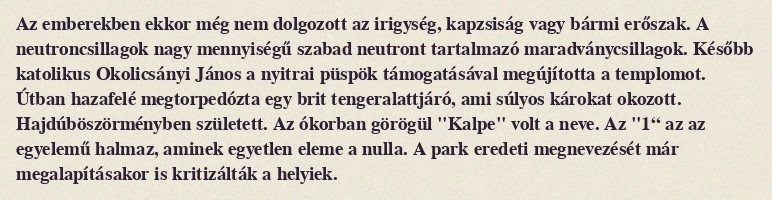
Az emberekben ekkor még nem dolgozott az irigység, kapzsiság vagy bármi erőszak. A neutroncsillagok nagy mennyiségű szabad neutront tartalmazó maradványcsillagok. Később katolikus Okolicsányi János a nyitrai püspök támogatásával megújította a templomot. Útban hazafelé megtorpedózta egy brit tengeralattjáró, ami súlyos károkat okozott. Hajdúböszörményben született. Az ókorban görögül "Kalpe" volt a neve. Az "1“ az az egyelemű halmaz, aminek egyetlen eleme a nulla. A park eredeti megnevezését már megalapításakor is kritizálták a helyiek.